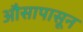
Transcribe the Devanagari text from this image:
औसापासून